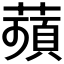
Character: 𦹗